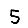
Digit: 5